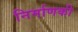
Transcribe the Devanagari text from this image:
निर्माणकी